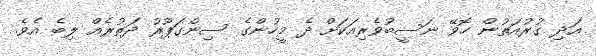
އަދި ގުރުއަތުން ހޮވޭ ނަސީބުވެރިއަކަށް ދެ މީހުންގެ ސިންގަޕޫރު ދަތުރެއް ލިބެ އެވެ.